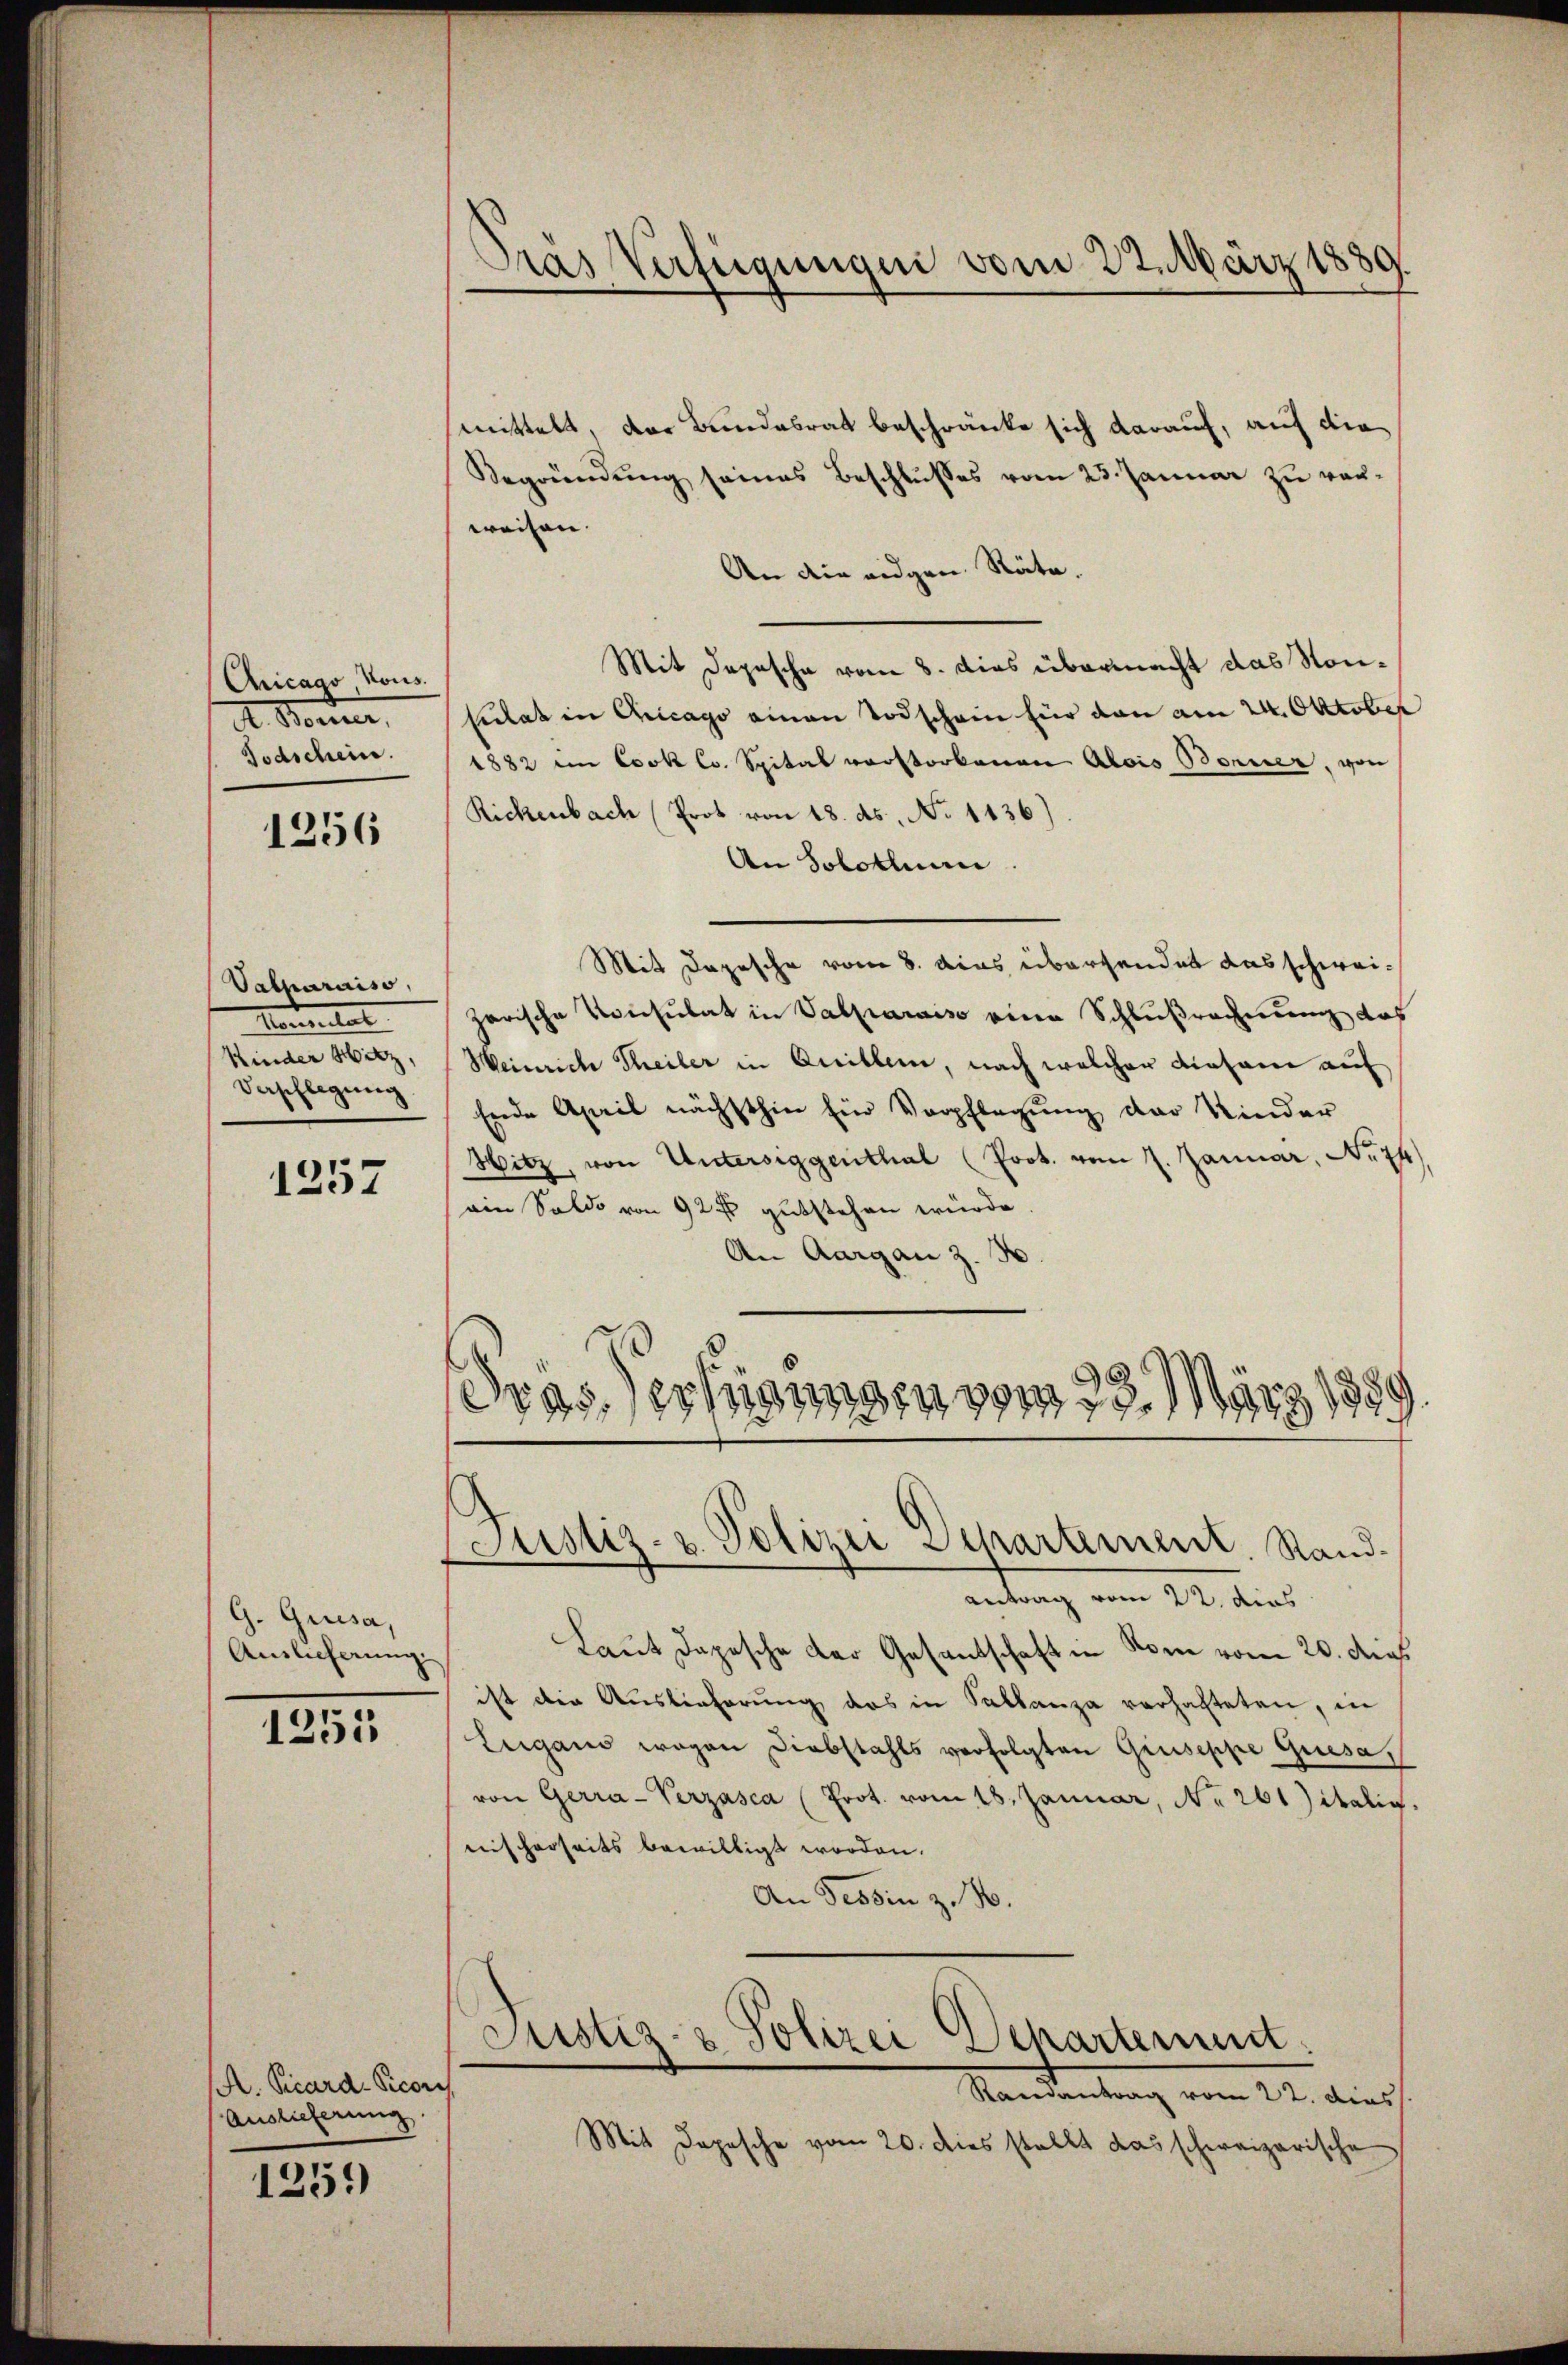
Chicago Vous.
r. Boner
Todschein.

1256

Valharaiso
Aemter
Kinder Hitz,
Verschlagung

1257

G. Griesa,
Auslieferung.

1255

A. Picard-Picor
Auslieferung

1259)

Pras Verfügungen vom 22. März 1889.

mittelt, der Bundesrat beschränke sich darauf, auf die
Begründŭng seines Beschlŭsses vom 23. Januar zu verweisen.
An die eidgen. Räte.
Mit Depesche vom 8. dies übermacht das Nonkulat in Chicago einen Todschein für dann am 24. Oktober
1882 in Cook Co. Spital verstorbenen Alois Berner, von
Rickenbach (Prot von 18. ds. No 1136)
An Solothurn.
Mit Depesche vom 8. das übersendet das schweizarische Konsulat in Valparais eine Schlußrechnung das
Weinriche Theiler in Quillen, nach welcher Einsame auf
Ende April nächsthin Ein Verpflegung der Kinder
Hitz, von Untersieggenthal (Prot. vom 7. Januar, No 74
ain Saldo von 92 fr gutstehen würde.
An Aargau Z. 3
Gras, erfügungen vom 23. März 1880

Justiz- u. Polizei Separtement. Stand¬

antrag vom 22. dies
Laut Daposche der Gesandschaft in Rom vom 20. dies
ist die Auslieferŭng das in Sallanza verhafteten, in
Lugans wegen Diebstahls verfolgten Gruseppe Quesa,
von Gerra-Verzasca (Prot. vom 18. Januar, No 261) italis.
nischerseits bewilligt worden.
An Tessin z. B.
Justiz- & Polizei Departement.
Randantrag vom 22. dies
Mit Depesche vom 20. dies stellt das schweizerische